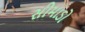
સીમાડો